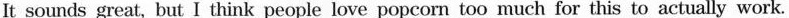
It sounds great, but I think people love popcorn too much for this to actually work.